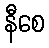
နီစေ